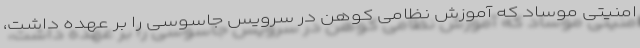
امنیتی موساد که آموزش نظامی کوهن در سرویس جاسوسی را بر عهده داشت،